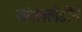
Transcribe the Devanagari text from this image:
जंगलतोडीने